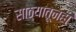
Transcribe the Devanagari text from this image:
साठ्यातूनही